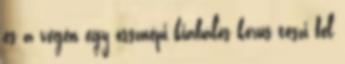
és a végén egy össznépi kiabálós kórus teszi fel